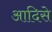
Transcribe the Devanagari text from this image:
आदिसे